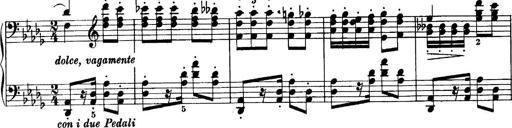
Title: Sonatina No.6
Composer: Ferruccio Busoni